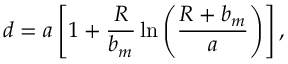
d = a \left[ 1 + \frac { R } { b _ { m } } \ln \left( \frac { R + b _ { m } } { a } \right) \right] ,